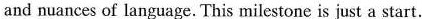
and nuances of language. This milestone is just a start.